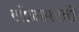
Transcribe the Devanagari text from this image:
सोळाकोनी